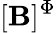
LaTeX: [\mathbf{B}]^{\Phi}